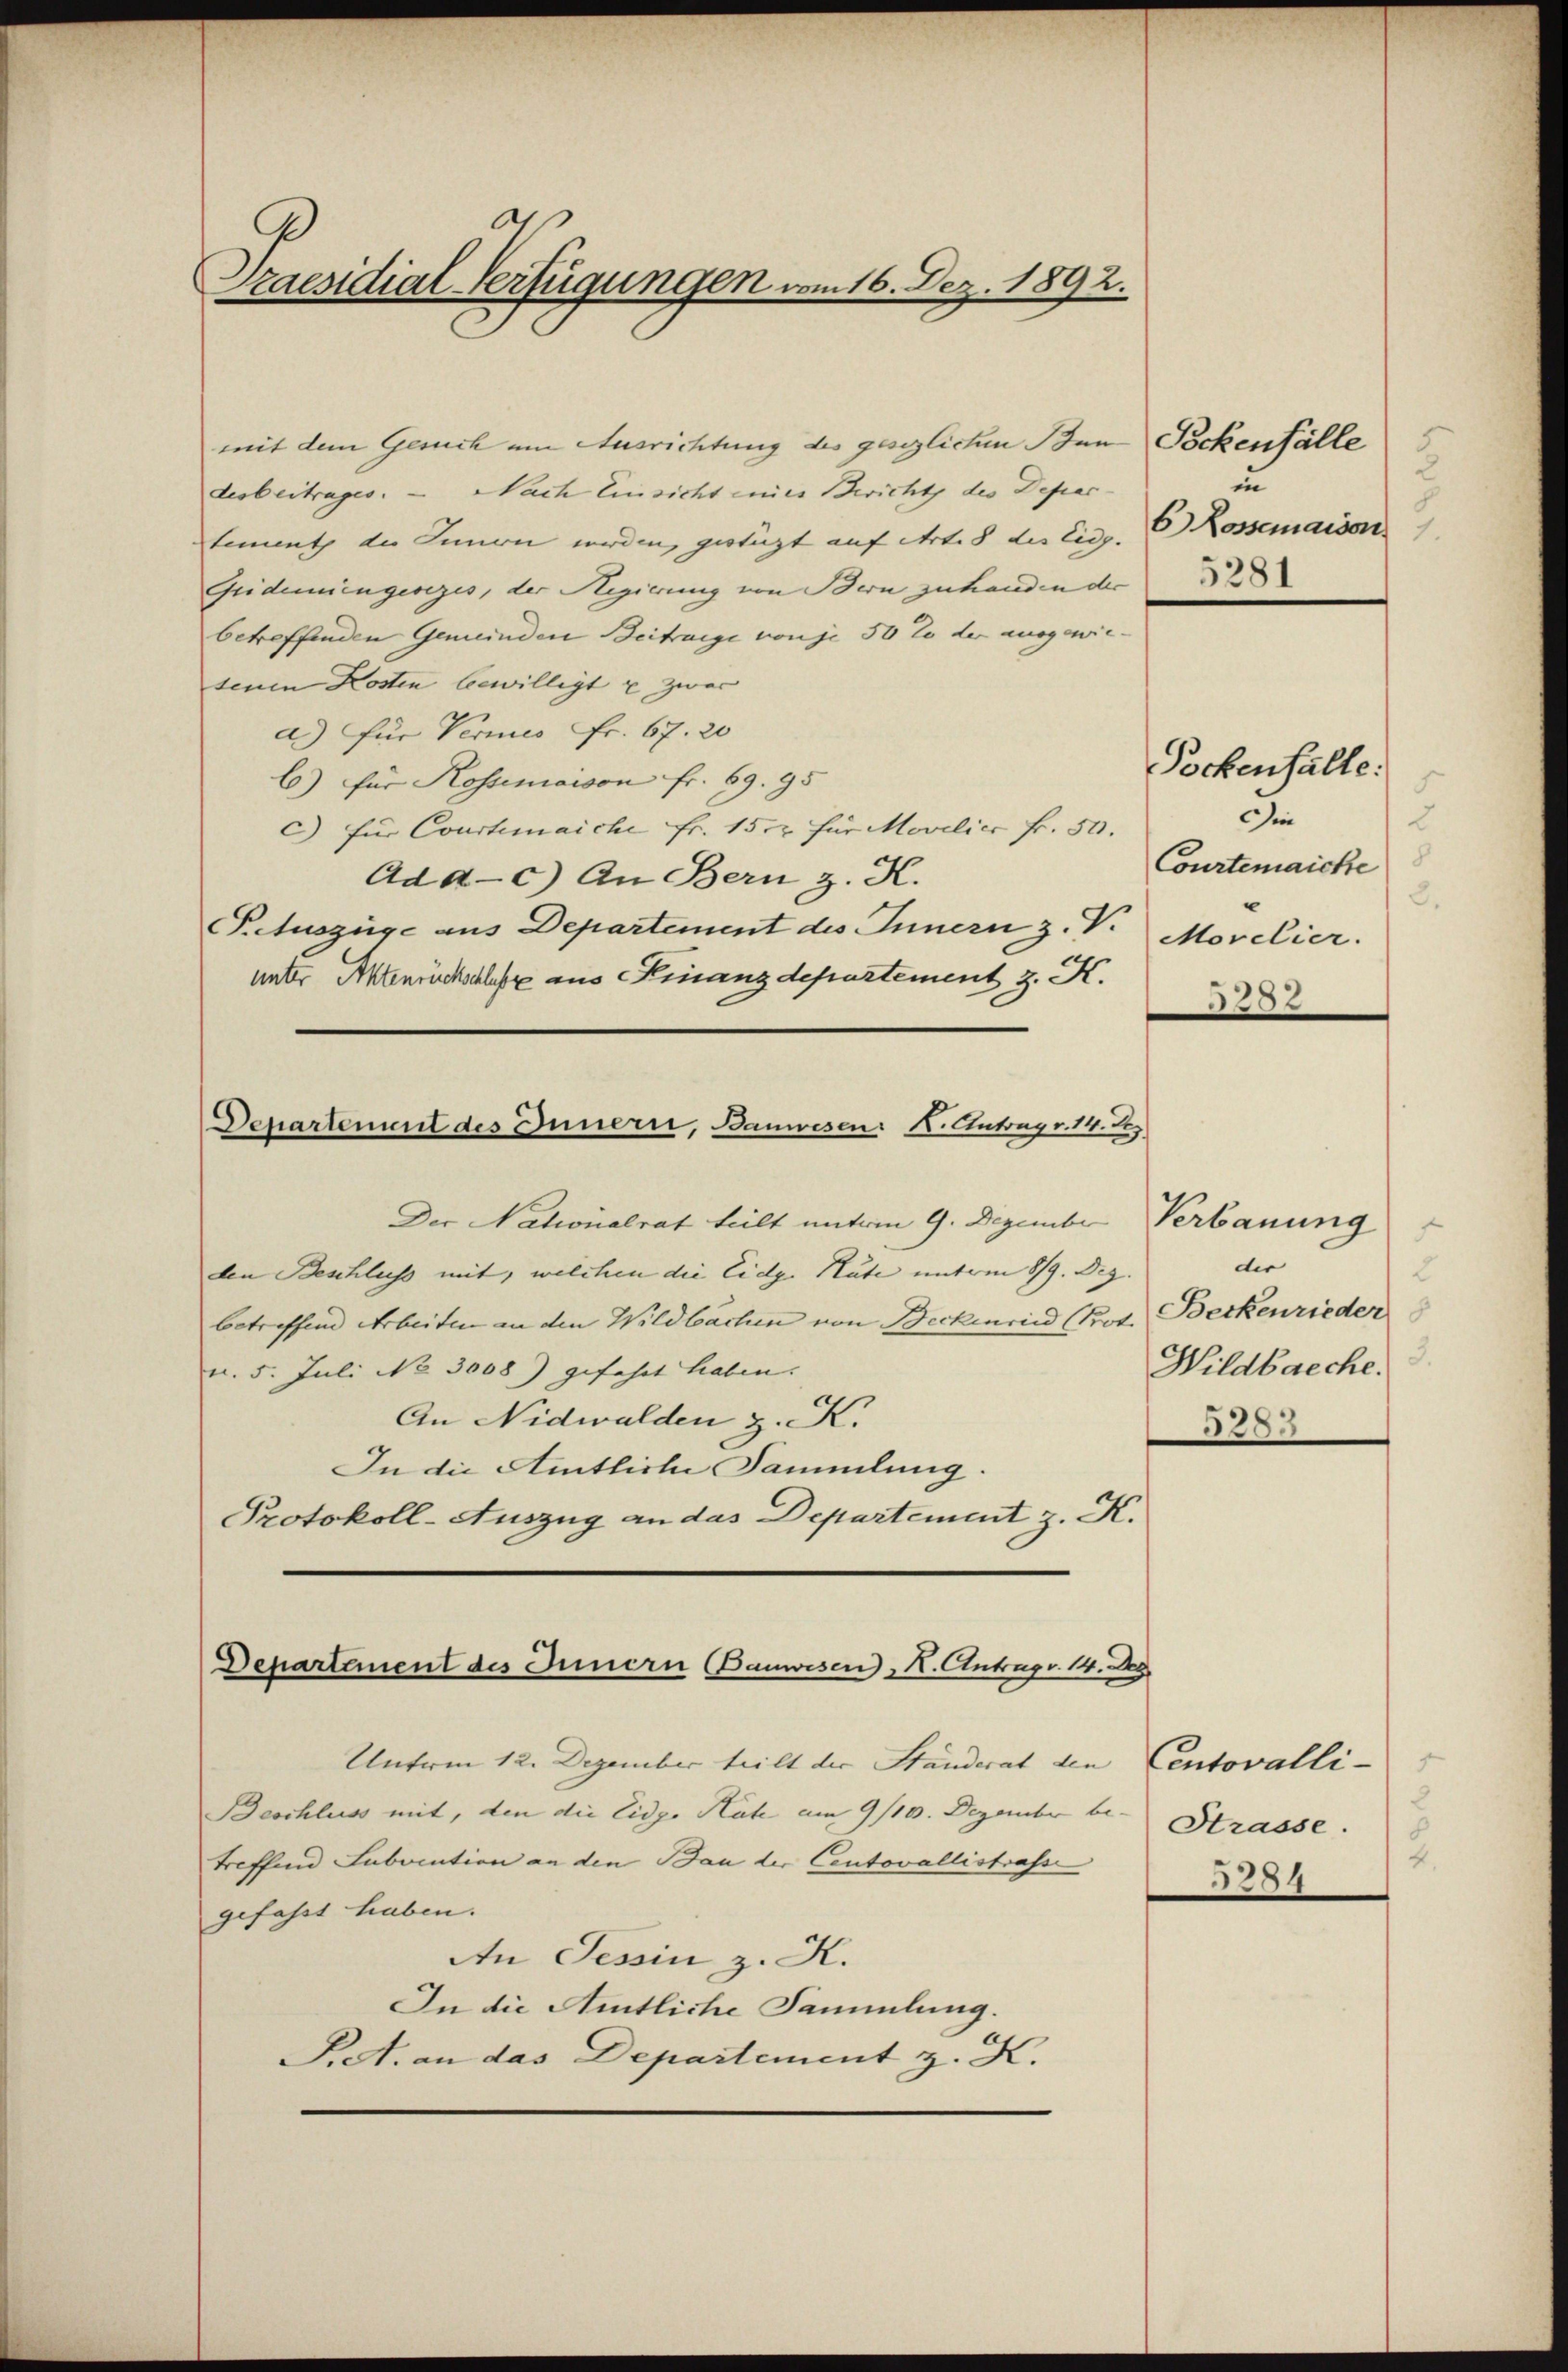
Praesidial-Verfügungen vom 16. Dez. 1892.

mit dem Gesuch um Ausrichtung des geglichen Bei Pockenfälle
derbeitrages. — Nach Einsicht einer Bericht des Depar
tement des Innen werden, gestüzt auf Art. 8 des Eidg.
Geidemiengesezes, der Regierung von Bern zu handen der 32
betreffenden Gemeinden Beitrage von je 50% der ausgewie-
senen Kosten bewilligt u. zwar
a.) Für Vermes Fr. 67. 20
b) für Rossemaison fr. 69. 95
c) für Courtimaiche Fr. 15. für Movelicc fr. 50.
Ad a. c.) An Bern z. K.
Pctuszüge aus Departement des Innern z. V.
unter Aktenrückschlafe aus Finanzdepartement z. K.
Departement des Innern, Bauwesen: N. Outugr. 14. Jez
Der Nationalrat teilt unterm 9. Dezember Verbauung
den Beschluss mit, welchen die Eidg. Hute unterm 8/9. Dez.
betreffend Arbeiten an den Wildbachen von Beckenried (Prot.
v. 5. Juli No 3008) gefahrt haben. |
An Nidwalden z. K.
In die Amtliche Sammlung.
Protokoll-Auszug an das Departement z. K.

Departement des Innern Bauwesen, H. Antrage 14. Ap

Unterm 12. Dezember teilt der Standerat den
Beschluss mit, den die Eidg. Hate um 9/10. Dezember be
treffend Subocution an den Bau der Contovallistrafse
gefahrt haben.
An Tessin z. K.
In die Amtliche Sammlung.
Pret. an das Departement z. K.

2
un
b Rossemaison

Pockenhalte.
Die
2
Courtenaiche
2.
Morelier.
28 x

dir
2
Beckenrieder
Wildbacche.
5283

5284

Centovalli-
¬
Strasse.
4.